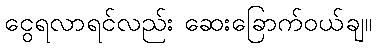
ငွေရလာရင်လည်း ဆေးခြောက်ဝယ်ချ။